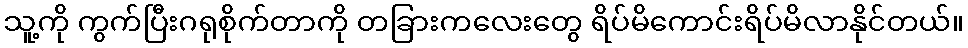
သူ့ကို ကွက်ပြီးဂရုစိုက်တာကို တခြားကလေးတွေ ရိပ်မိကောင်းရိပ်မိလာနိုင်တယ်။